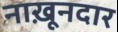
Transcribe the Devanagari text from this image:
नाख़ूनदार